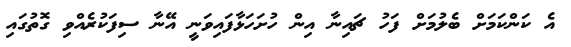
އެ ކަންކަމަށް ބެލުމަށް ފަހު ޗައިނާ އިން ހުށަހަޅާފައިވަނީ އޭނާ ސިފަކުރެއްވި ގޮތުގައި